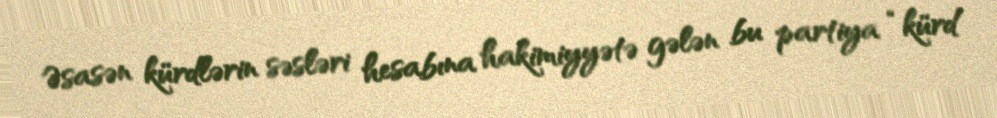
Əsasən kürdlərin səsləri hesabına hakimiyyətə gələn bu partiya “kürd